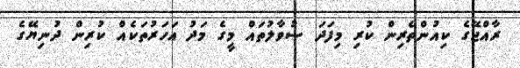
ރާއްޖޭގެ ކިއުންތެރިން ކުރި މިފަދަ ސުވާލުތައް މީގެ މަދު އަހަރުތަކެއް ކުރިން ދުނިޔޭގެ